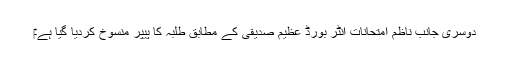
‎دوسری جانب ناظم امتحانات انٹر بورڈ عظیم صدیقی کے مطابق طلبہ کا پیپر منسوخ کردیا گیا ہے۔